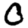
Digit: 0